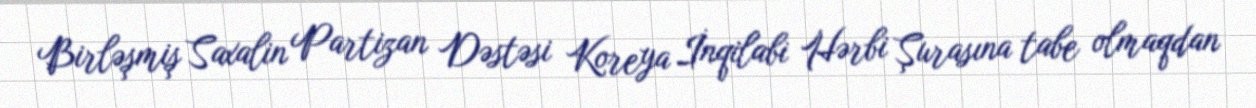
Birləşmiş Saxalin Partizan Dəstəsi Koreya İnqilabi Hərbi Şurasına tabe olmaqdan